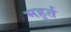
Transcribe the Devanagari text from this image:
महुर्त